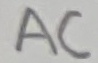
Text: AC